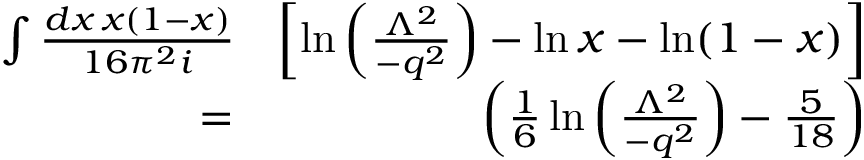
\begin{array} { r l r } { \int { \frac { d x \, x ( 1 - x ) } { 1 6 \pi ^ { 2 } i } } \! \! \! \! \! \! \! \! \! \! \! } & { } & { \left[ \ln \left( \frac { \Lambda ^ { 2 } } { - q ^ { 2 } } \right) - \ln x - \ln ( 1 - x ) \right] } \\ & { = } & { \left( \frac 1 6 \ln \left( \frac { \Lambda ^ { 2 } } { - q ^ { 2 } } \right) - \frac { 5 } { 1 8 } \right) } \end{array}